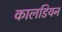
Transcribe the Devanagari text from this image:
कालडियन